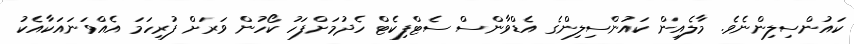
ކައުންސިލިންނެވެ. މާލެއިން ކައުންސިލިންގެ އެޑްވާންސް ސެޓްފިކެޓް ހެދުމަށްފަހު ކޯހުން ވަރަށް ފުރިހަމަ އެއްވަނައަކާއެކު